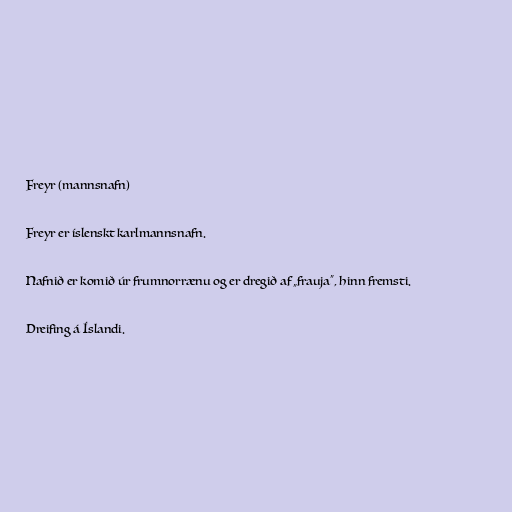
Freyr (mannsnafn)

Freyr er íslenskt karlmannsnafn.

Nafnið er komið úr frumnorrænu og er dregið af „frauja“, hinn fremsti.

Dreifing á Íslandi.